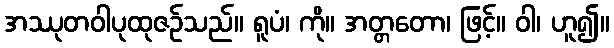
အဿုတဝါပုထုဇဉ်သည်။ ရူပံ၊ ကို။ အတ္တတော၊ ဖြင့်။ ဝါ၊ ဟူ၍။